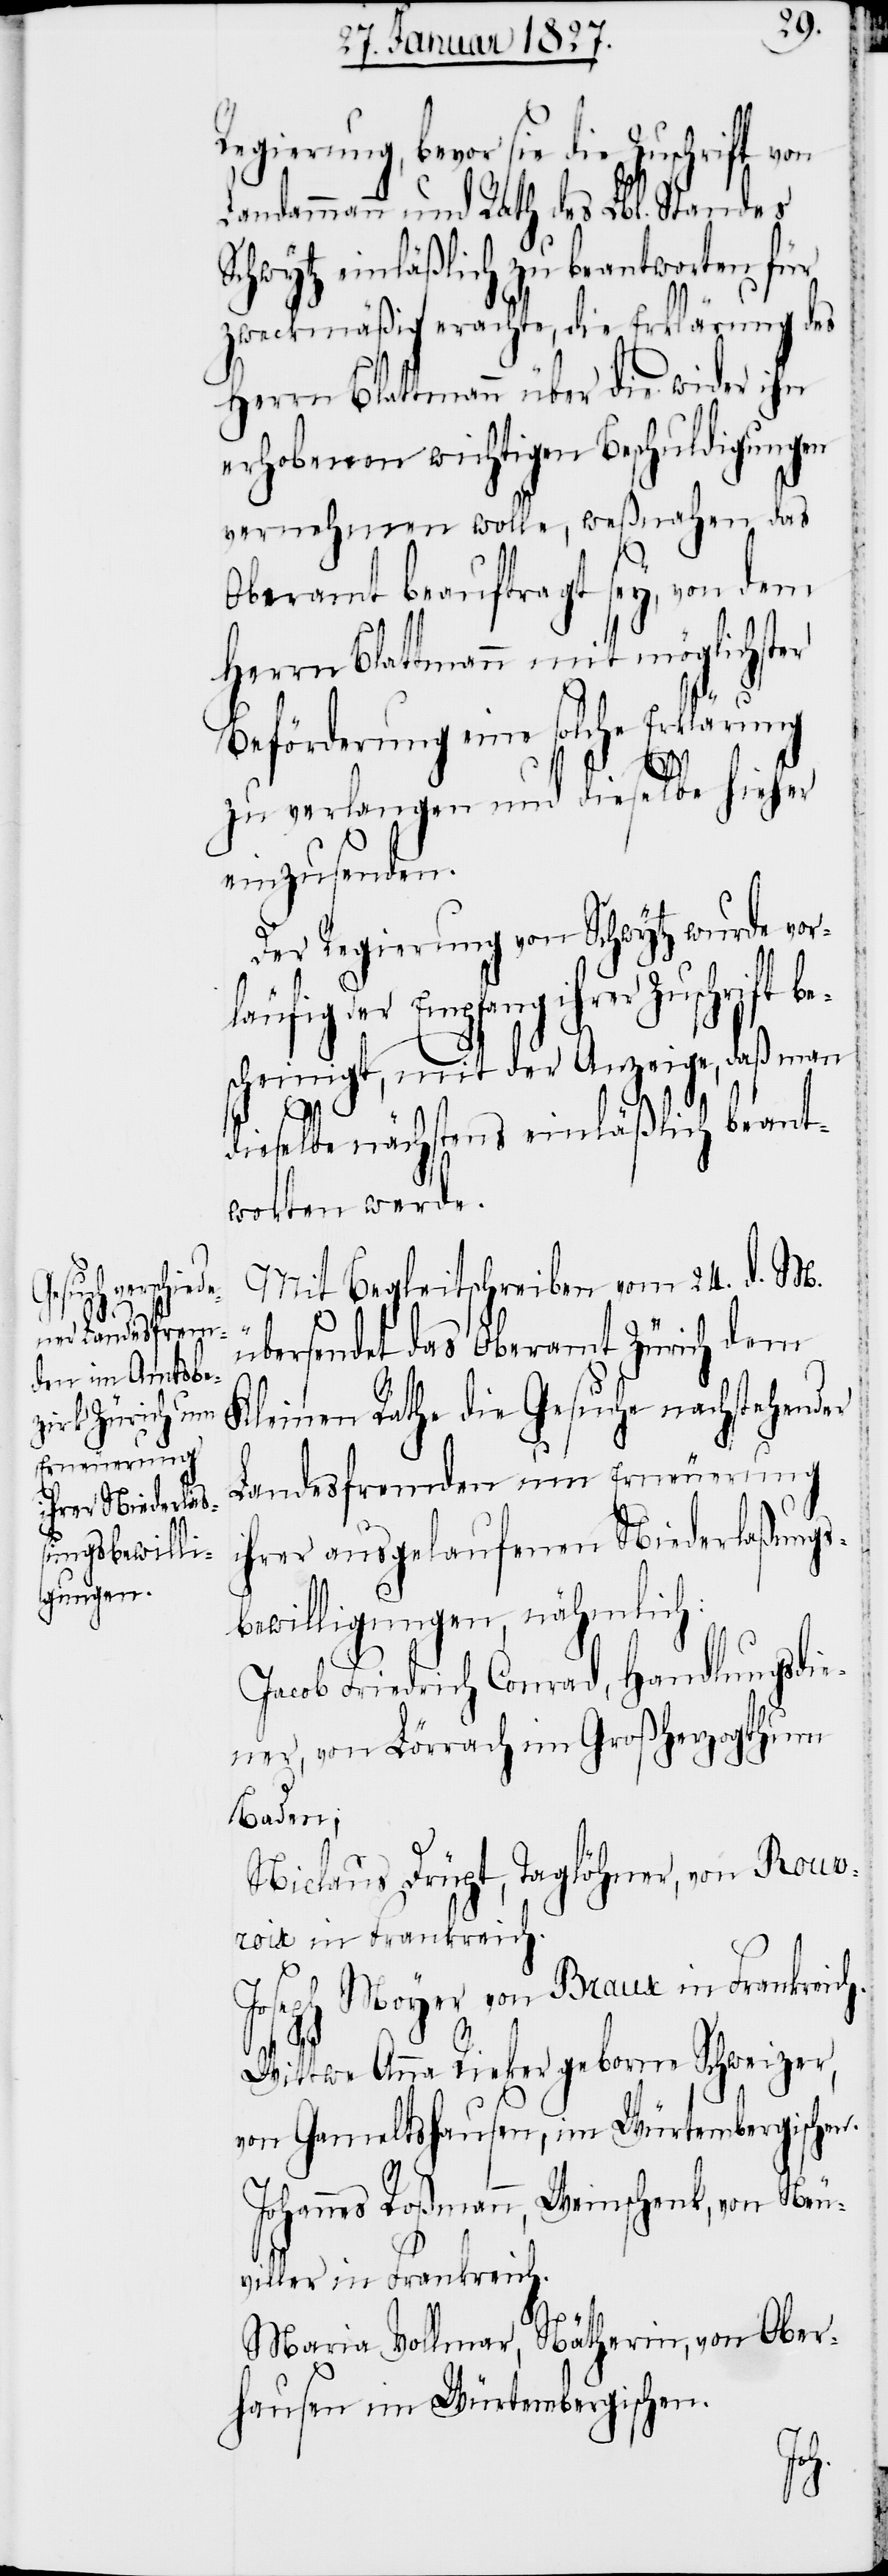
uschrift be¬

Regierung, bevor sie die Zuschrift von
Landammann und Rath des Lbl. Standes
Schwytz einläßlich zu beantworten für
zweckmäßig erachte, die Erklärung des
Herrn Blattmann über die wider ihre
erhobenen wichtigen Beschuldigungen
vernehmen wolle, weßnahen das
Oberamt beauftragt sey, von dem
Herrn Blattmann mit möglichster
Beförderung eine solche Erklärung
zu verlangen und dieselbe hieher
einzusenden.
Der Regierung von Schwytz wurde vor¬
läufig der Empfang ihrer Z¬
scheinigt, mit der Anzeige, daß man
dieselbe nächstens einläßlich beant¬
worten werde.
Mit Begleitschreiben vom 24. d. M.
übersendet das Oberamt Zürich dem
Kleinen Rathe die Gesuche nachstehender
Landesfremden um Erneuerung
ihrer ausgelaufenen Niederlaßungs¬
bewilligungen, nähmlich:
Jacob Friedrich Conrad, Handlungsdie¬
ner, von Lörrach im Großherzogthum
Baden;
Niclaus Drüpt, Taglöhner, von Rouvr¬
oir in Frankreich.
Joseph Meyer von Braux in Frankreich.
Wittwe Anna Rieker geborne Schweizer,
von Gameltshausen, im Würtembergischen.
Johannes Roßmann, Weinschenk, von Neu¬
viller in Frankreich.
Maria Vollmer, Nätherin, von Ober¬
hausen im Würtembergischen.